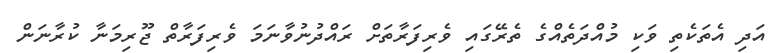
އަދި އެތަކެތި ވަކި މުއްދަތެއްގެ ތެރޭގައި ވެރިފަރާތަށް ރައްދުނުވާނަމަ ވެރިފަރާތް ޖޫރިމަނާ ކުރާނަން